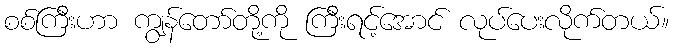
စစ်ကြီးဟာ ကျွန်တော်တို့ကို ကြီးရင့်အောင် လုပ်ပေးလိုက်တယ်။